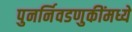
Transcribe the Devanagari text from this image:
पुनर्निवडणुकींमध्ये